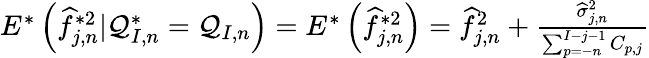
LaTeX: \begin{array}{r}{E^{*}\left(\widehat f_{j,n}^{*2}|\mathcal{Q}_{I,n}^{*}=\mathcal{Q}_{I,n}\right)=E^{*}\left(\widehat f_{j,n}^{*2}\right)=\widehat{f}_{j,n}^{2}+\frac{\widehat\sigma_{j,n}^{2}}{\sum_{p=-n}^{I-j-1}C_{p,j}}}\end{array}